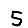
Digit: 5